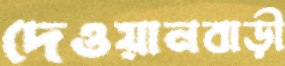
দেওয়ানবাড়ী